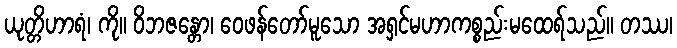
ယုတ္တိဟာရံ၊ ကို။ ဝိဘဇန္တော၊ ဝေဖန်တော်မူသော အရှင်မဟာကစ္စည်းမထေရ်သည်။ တဿ၊